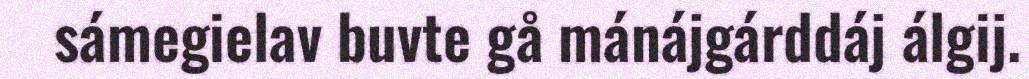
sámegielav buvte gå mánájgárddáj álgij.